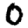
Digit: 0